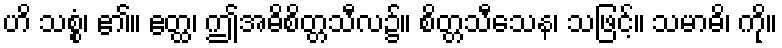
ဟိ သစ္စံ၊ ၏။ ဧတ္ထ၊ ဤအဓိစိတ္တသီလ၌။ စိတ္တသီသေန၊ သဖြင့်။ သမာဓိ၊ ကို။